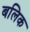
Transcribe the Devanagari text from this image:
बलिक